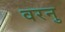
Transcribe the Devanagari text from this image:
वरनु